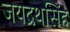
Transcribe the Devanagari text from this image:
जयद्रथसिंह